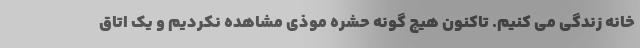
خانه زندگی می کنیم. تاکنون هیچ گونه حشره موذی مشاهده نکردیم و یک اتاق